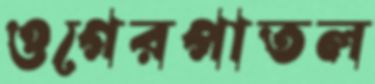
ওগেরপাতল